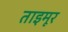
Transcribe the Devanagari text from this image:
ताइमूर